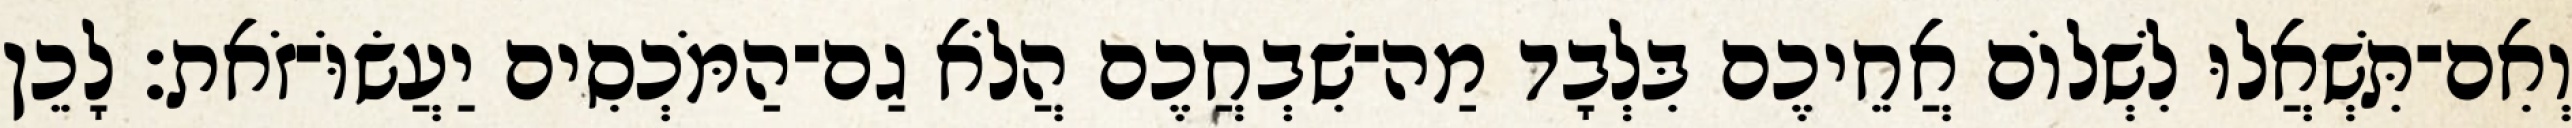
וְאִם־תִּשְׁאֲלוּ לִשְׁלוֹם אֲחֵיכֶם בִּלְבָד מַה־שִׁבְחֲכֶם הֲלֹא גַם־הַמֹּכְסִים יַעֲשׂוֹּ־זֹאת׃ לָכֵן